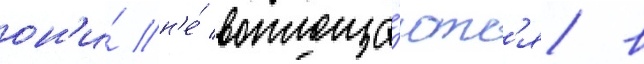
он'и́ н'е́ воплоща́ютс'я в